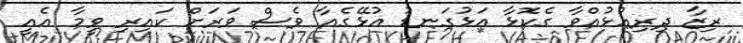
ރިޒާ ދިރިއުޅުއްވާ ގެކޮޅާ އަޅުގަނޑު އުޅޭގެއާ ވެސް ވަރަށް ކައިރި ވީމާ އެއީ